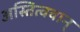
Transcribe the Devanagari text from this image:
अस्तित्ववान्‌